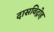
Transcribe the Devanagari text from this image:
दासविद्रोह